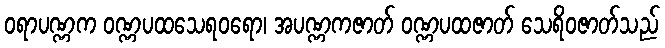
ဝရာပဏ္ဏက ဝဏ္ဏပထသေရဝရော၊ အပဏ္ဏကဇာတ် ဝဏ္ဏပထဇာတ် သေရိဝဇာတ်သည်